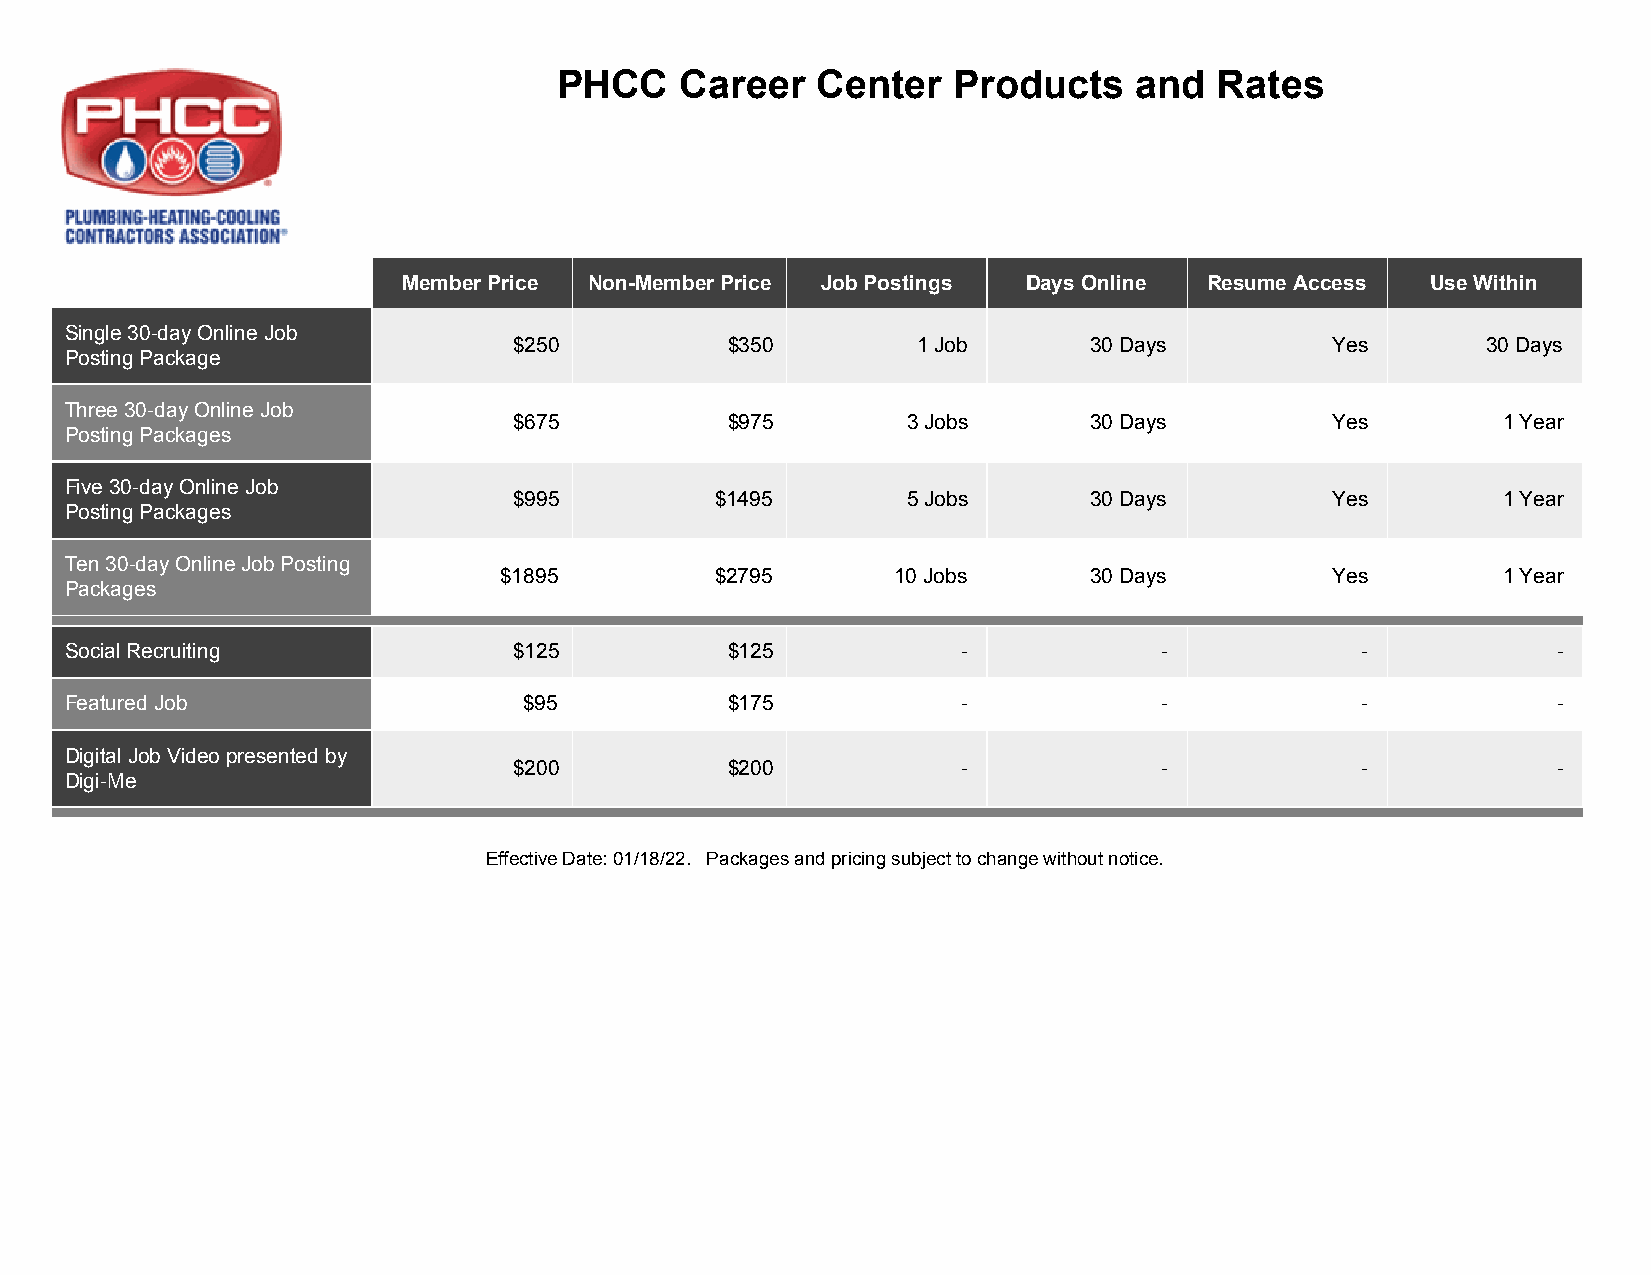
PHCC    Career   Center   Products    and   Rates
 Member Price Non-Member Price Job Postings Days Online Resume Access Use Within
 Single 30-day Online Job
 $250          $350         1 Job      30 Days         Yes       30 Days
 Posting Package
 Three 30-day Online Job
 $675          $975        3 Jobs      30 Days         Yes        1 Year
 Posting Packages
 Five 30-day Online Job
 $995         $1495        5 Jobs      30 Days         Yes        1 Year
 Posting Packages
 Ten 30-day Online Job Posting
 $1895         $2795       10 Jobs      30 Days         Yes        1 Year
 Packages
 Social Recruiting             $125          $125            -            -            -            -
 Featured Job                   $95          $175            -            -            -            -
 Digital Job Video presented by
 $200          $200            -            -            -            -
 Digi-Me
 Effective Date: 01/18/22. Packages and pricing subject to change without notice.